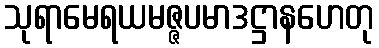
သုရာမေရယမဇ္ဇပမာဒဋ္ဌာနဟေတု